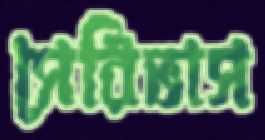
সেরিভাস